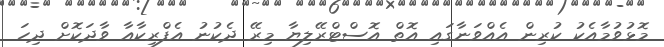
މޮޅުވުމާއެކު ކުރިން އެއްވަނާގައި އޮތް އޮސްޓްރޭލިޔާ މިރޭ ދެކުނު އެފްރިކާއާ ވާދަކޮށް ދިހަ